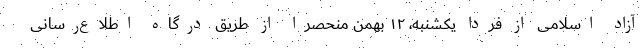
آزاد اسلامی از فردا یکشنبه، ۱۲ بهمن منحصراً از طریق درگاه اطلاع‌رسانی